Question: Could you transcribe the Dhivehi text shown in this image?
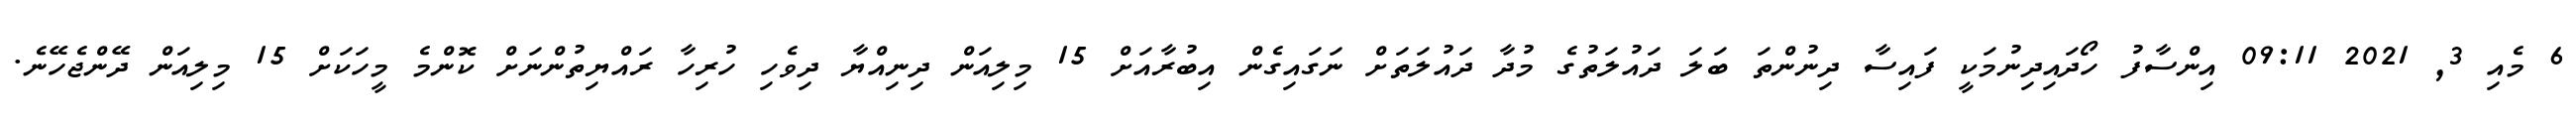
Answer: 6 މެއި 3, 2021 09:11 އިންސާފު ހޯދައިދިނުމަކީ ފައިސާ ދިނުންތަ ބަލަ ދައުލަތުގެ މުދާ ދައުލަތަށް ނަގައިގެން އިބުރާއަށް 15 މިލިއަން ދިނިއްޔާ ދިވެހި ހުރިހާ ރައްޔިތުންނަށް ކޮންމެ މީހަކަށް 15 މިލިއަން ދޭންޖެހޭނެ.